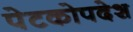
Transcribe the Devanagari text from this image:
पेटकोपदेश